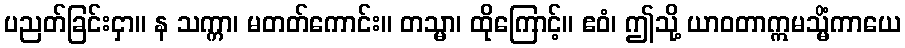
ပညတ်ခြင်းငှာ။ န သက္ကာ၊ မတတ်ကောင်း။ တသ္မာ၊ ထိုကြောင့်။ ဧဝံ၊ ဤသို့ ယာဝတာဣမသ္မိံကာယေ